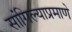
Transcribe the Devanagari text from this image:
सांगिल्याप्रमाणे